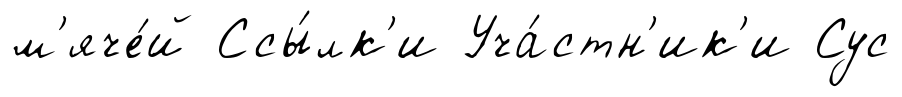
м'яче́й Ссы́лк'и Уча́стн'ик'и Сус